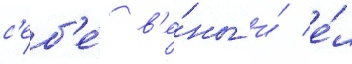
с'еб'е́ в'е́ны и́ е́л